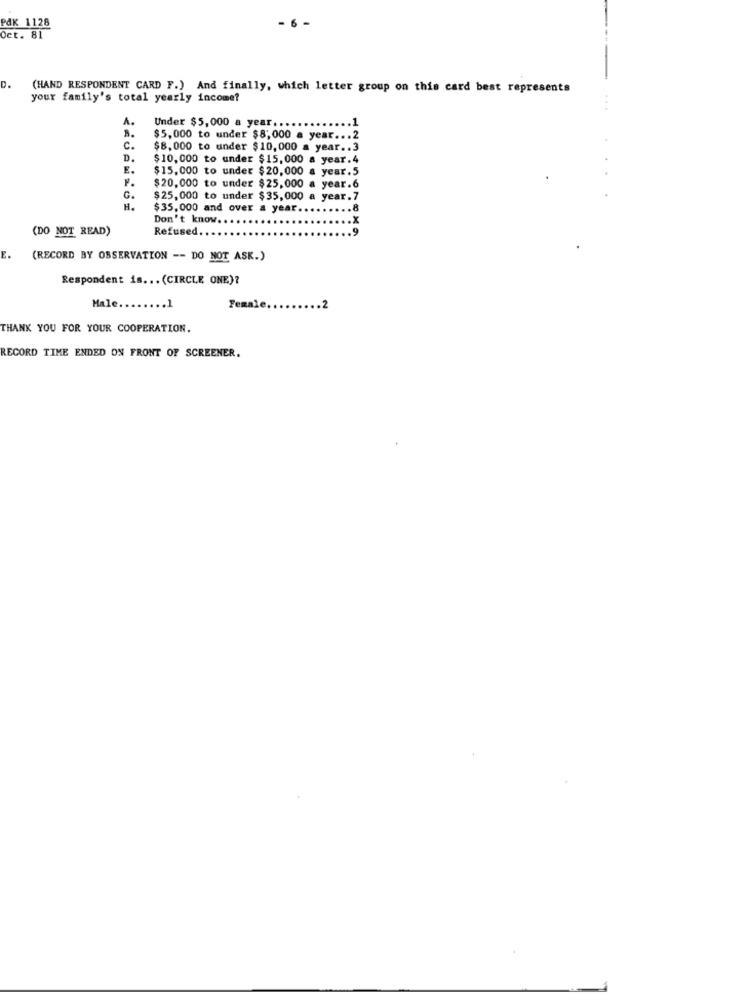
PAK 1128
- 6 -
Oct. 81
D.
(HAND RESPONDENT CARD F.) And finally, which letter group on this card best represents
your family's total yearly income?
A.
Under $5,000 a year ..
8.
$5,000 to under $8,000 a year.
c.
$8,000 to under $10,000 a year .. 3
D.
$10,000 to under $15,000 a year.4
E.
$15,000 to under $20,000 a year.5
1.
$20,000 to under $25,000 a year.6
G.
$25,000 to under $35,000 a year.7
H.
$35,000 and over a year.
.8
Don't know. .
(DO NOT READ)
Refused ..
E.
(RECORD BY OBSERVATION -- DO NOT ASK.)
Respondent is ... (CIRCLE ONE)?
Male ...
.1
Femal
THANK YOU FOR YOUR COOPERATION.
RECORD TIME ENDED ON FRONT OF SCREENER.